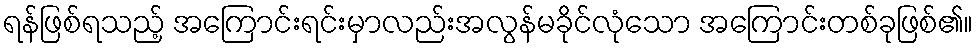
ရန်ဖြစ်ရသည့် အကြောင်းရင်းမှာလည်းအလွန်မခိုင်လုံသော အကြောင်းတစ်ခုဖြစ်၏။